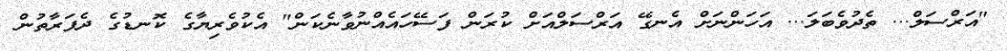
"އަރްސަލް... ތެދުވެބަލަ... އަހަންނަށް އެނގޭ އަރްސަލްއަށް ކުރަން ފަސޭހައެއްނުވާނެކަން" އެކުވެރިޔާގެ ކޮނޑުގެ ދެފަރާތުން